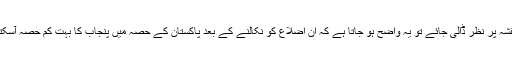
اگر نقشہ پر نظر ڈالی جائے تو یہ واضح ہو جاتا ہے کہ ان اضلاع کو نکالنے کے بعد پاکستان کے حصہ میں پنجاب کا بہت کم حصہ آسکتا تھا۔